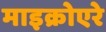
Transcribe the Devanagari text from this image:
माइक्रोएरे